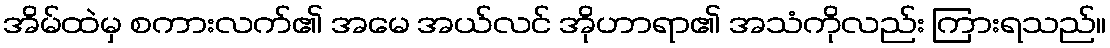
အိမ်ထဲမှ စကားလက်၏ အမေ အယ်လင် အိုဟာရာ၏ အသံကိုလည်း ကြားရသည်။